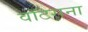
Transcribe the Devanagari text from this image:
वॉटसना